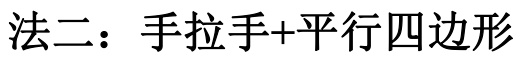
法二：手拉手+平行四边形